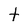
Character: t